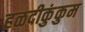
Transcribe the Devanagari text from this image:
हळदीकुंकुम